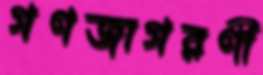
গণজাগরণী